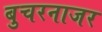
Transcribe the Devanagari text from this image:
बुचरनाजर